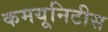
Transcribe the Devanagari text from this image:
कमयूनिटीस